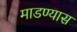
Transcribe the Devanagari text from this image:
माडण्यास